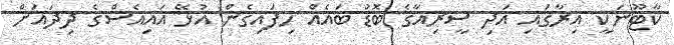
ކާޓޫނަކީ އިރާގައި އަދި ސީރިއާގެ ބޮޑު ބައެއް ހިފައިގެން އުޅޭ އައިއެސްގެ ދިދައަށް